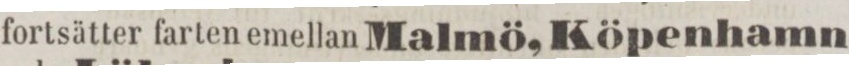
fortsätter farten emellan Malmö, Köpenhamn